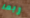
ربما